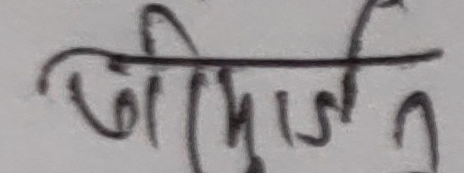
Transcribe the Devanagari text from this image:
श्रीमान्